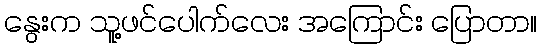
နွေးက သူ့ဖင်ပေါက်လေး အကြောင်း ပြောတာ။